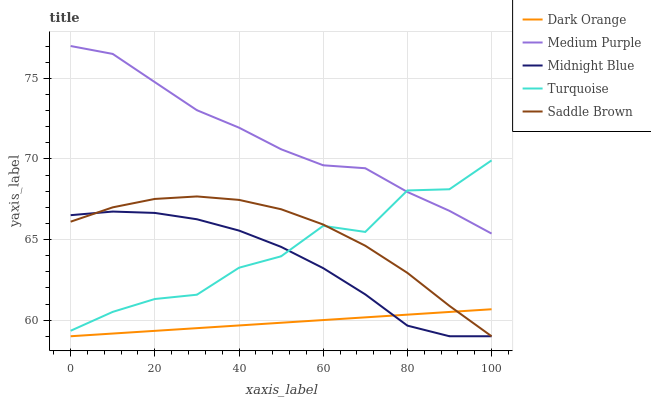
| xaxis_label | Dark Orange | Medium Purple | Midnight Blue | Turquoise | Saddle Brown |
 | --- | --- | --- | --- | --- | --- |
 | 0 | 59 | 77 | 66.5 | 59.3 | 66.1 |
 | 10 | 59.2 | 76.5 | 66.7 | 60.5 | 67 |
 | 20 | 59.3 | 74.8 | 66.6 | 61.3 | 67.5 |
 | 30 | 59.5 | 73 | 66.3 | 61.6 | 67.7 |
 | 40 | 59.7 | 71.9 | 65.6 | 63.2 | 67.5 |
 | 50 | 59.8 | 70.6 | 64.5 | 64 | 66.9 |
 | 60 | 60 | 69.6 | 63.2 | 65.8 | 65.9 |
 | 70 | 60.2 | 69.4 | 61.6 | 65.5 | 64.6 |
 | 80 | 60.3 | 67.9 | 59.7 | 68 | 62.9 |
 | 90 | 60.5 | 66.8 | 59 | 68.1 | 60.9 |
 | 100 | 60.7 | 65.4 | 59 | 69.9 | 59 |